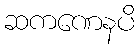
ဆကဏေနပိ